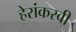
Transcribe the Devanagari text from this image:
हेरांकरवी